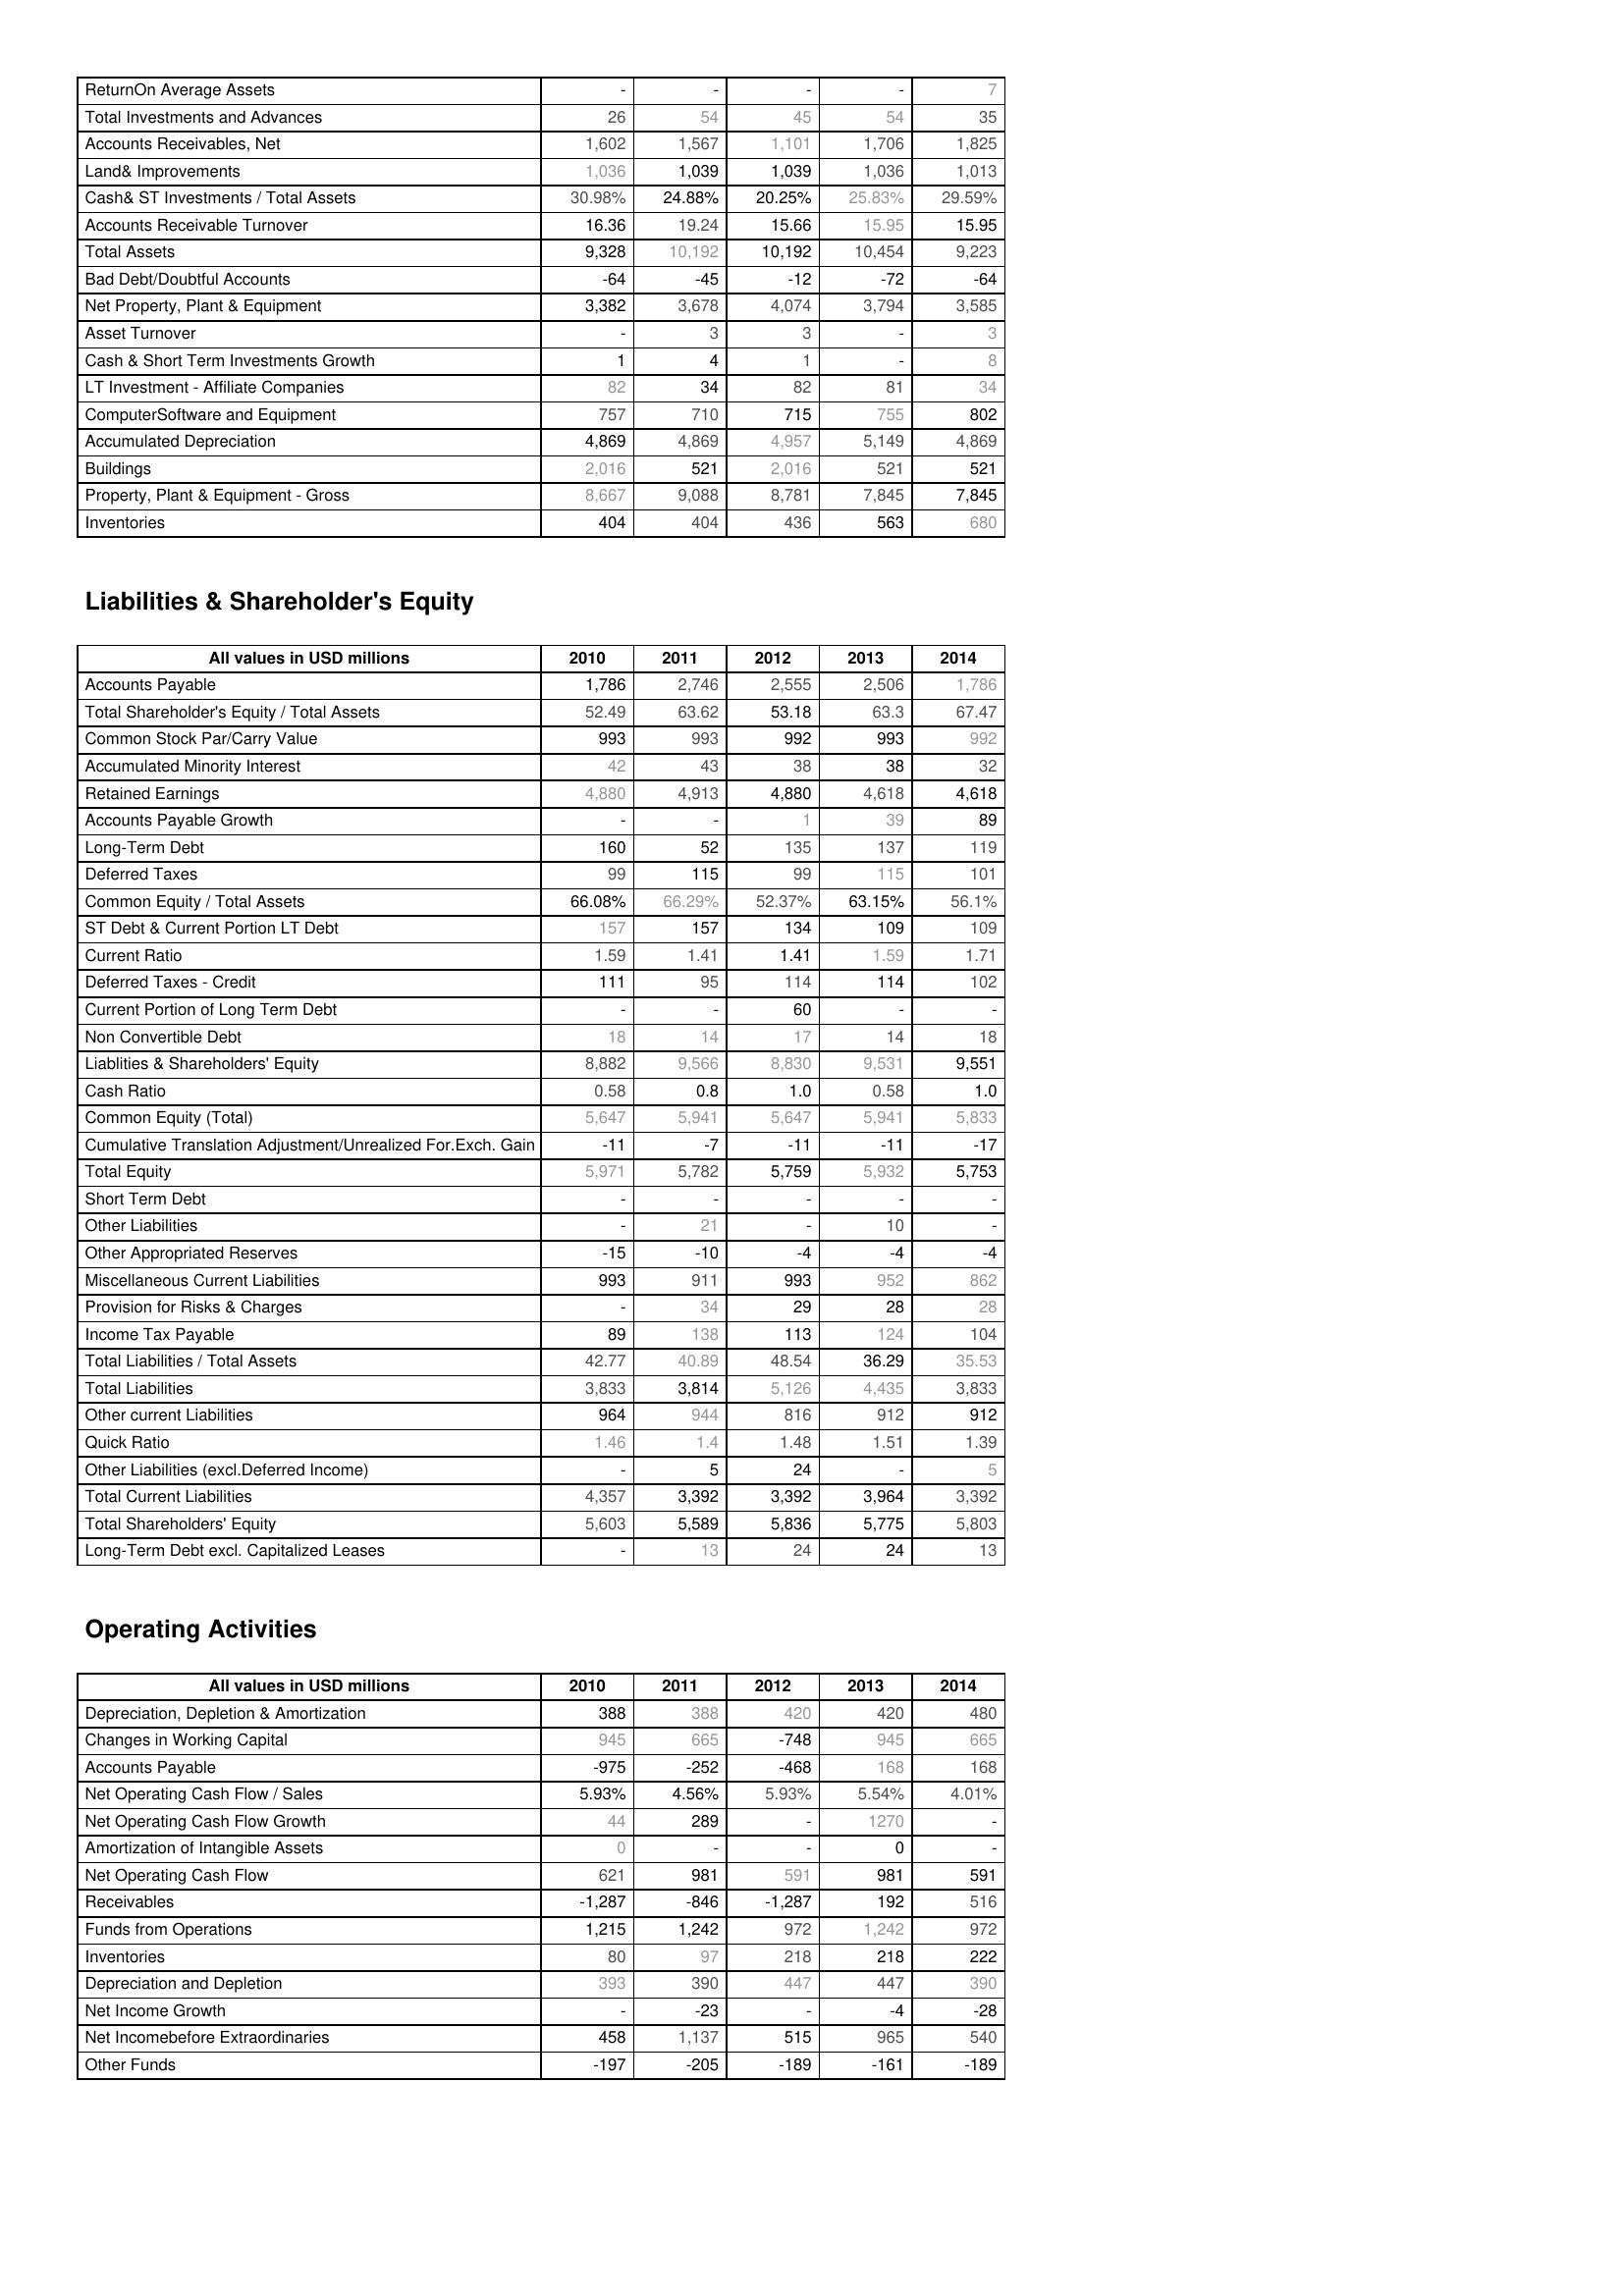
2010: Assets: ReturnOn Average Assets: -
Total Investments and Advances: 26
Accounts Receivables, Net: 1,602
Land& Improvements: 1,036
Cash& ST Investments / Total Assets: 30.98%
Accounts Receivable Turnover: 16.36
Total Assets: 9,328
Bad Debt/Doubtful Accounts: -64
Net Property, Plant & Equipment: 3,382
Asset Turnover: -
Cash & Short Term Investments Growth: 1
LT Investment - Affiliate Companies: 82
ComputerSoftware and Equipment: 757
Accumulated Depreciation: 4,869
Buildings: 2,016
Property, Plant & Equipment - Gross : 8,667
Inventories: 404
Liabilities & Shareholder's Equity: Accounts Payable: 1,786
Total Shareholder's Equity / Total Assets: 52.49
Common Stock Par/Carry Value: 993
Accumulated Minority Interest: 42
Retained Earnings: 4,880
Accounts Payable Growth: -
Long-Term Debt: 160
Deferred Taxes: 99
Common Equity / Total Assets: 66.08%
ST Debt & Current Portion LT Debt: 157
Current Ratio: 1.59
Deferred Taxes - Credit: 111
Current Portion of Long Term Debt: -
Non Convertible Debt: 18
Liablities & Shareholders' Equity: 8,882
Cash Ratio: 0.58
Common Equity (Total): 5,647
Cumulative Translation Adjustment/Unrealized For.Exch. Gain: -11
Total Equity: 5,971
Short Term Debt: -
Other Liabilities: -
Other Appropriated Reserves: -15
Miscellaneous Current Liabilities: 993
Provision for Risks & Charges: -
Income Tax Payable: 89
Total Liabilities / Total Assets: 42.77
Total Liabilities: 3,833
Other current Liabilities: 964
Quick Ratio: 1.46
Other Liabilities (excl.Deferred Income): -
Total Current Liabilities: 4,357
Total Shareholders' Equity: 5,603
Long-Term Debt excl. Capitalized Leases: -
Operating Activities: Depreciation, Depletion & Amortization: 388
Changes in Working Capital: 945
Accounts Payable: -975
Net Operating Cash Flow / Sales: 5.93%
Net Operating Cash Flow Growth: 44
Amortization of Intangible Assets: 0
Net Operating Cash Flow: 621
Receivables: -1,287
Funds from Operations: 1,215
Inventories: 80
Depreciation and Depletion: 393
Net Income Growth: -
Net Incomebefore Extraordinaries: 458
Other Funds: -197
2011: Assets: ReturnOn Average Assets: -
Total Investments and Advances: 54
Accounts Receivables, Net: 1,567
Land& Improvements: 1,039
Cash& ST Investments / Total Assets: 24.88%
Accounts Receivable Turnover: 19.24
Total Assets: 10,192
Bad Debt/Doubtful Accounts: -45
Net Property, Plant & Equipment: 3,678
Asset Turnover: 3
Cash & Short Term Investments Growth: 4
LT Investment - Affiliate Companies: 34
ComputerSoftware and Equipment: 710
Accumulated Depreciation: 4,869
Buildings: 521
Property, Plant & Equipment - Gross : 9,088
Inventories: 404
Liabilities & Shareholder's Equity: Accounts Payable: 2,746
Total Shareholder's Equity / Total Assets: 63.62
Common Stock Par/Carry Value: 993
Accumulated Minority Interest: 43
Retained Earnings: 4,913
Accounts Payable Growth: -
Long-Term Debt: 52
Deferred Taxes: 115
Common Equity / Total Assets: 66.29%
ST Debt & Current Portion LT Debt: 157
Current Ratio: 1.41
Deferred Taxes - Credit: 95
Current Portion of Long Term Debt: -
Non Convertible Debt: 14
Liablities & Shareholders' Equity: 9,566
Cash Ratio: 0.8
Common Equity (Total): 5,941
Cumulative Translation Adjustment/Unrealized For.Exch. Gain: -7
Total Equity: 5,782
Short Term Debt: -
Other Liabilities: 21
Other Appropriated Reserves: -10
Miscellaneous Current Liabilities: 911
Provision for Risks & Charges: 34
Income Tax Payable: 138
Total Liabilities / Total Assets: 40.89
Total Liabilities: 3,814
Other current Liabilities: 944
Quick Ratio: 1.4
Other Liabilities (excl.Deferred Income): 5
Total Current Liabilities: 3,392
Total Shareholders' Equity: 5,589
Long-Term Debt excl. Capitalized Leases: 13
Operating Activities: Depreciation, Depletion & Amortization: 388
Changes in Working Capital: 665
Accounts Payable: -252
Net Operating Cash Flow / Sales: 4.56%
Net Operating Cash Flow Growth: 289
Amortization of Intangible Assets: -
Net Operating Cash Flow: 981
Receivables: -846
Funds from Operations: 1,242
Inventories: 97
Depreciation and Depletion: 390
Net Income Growth: -23
Net Incomebefore Extraordinaries: 1,137
Other Funds: -205
2012: Assets: ReturnOn Average Assets: -
Total Investments and Advances: 45
Accounts Receivables, Net: 1,101
Land& Improvements: 1,039
Cash& ST Investments / Total Assets: 20.25%
Accounts Receivable Turnover: 15.66
Total Assets: 10,192
Bad Debt/Doubtful Accounts: -12
Net Property, Plant & Equipment: 4,074
Asset Turnover: 3
Cash & Short Term Investments Growth: 1
LT Investment - Affiliate Companies: 82
ComputerSoftware and Equipment: 715
Accumulated Depreciation: 4,957
Buildings: 2,016
Property, Plant & Equipment - Gross : 8,781
Inventories: 436
Liabilities & Shareholder's Equity: Accounts Payable: 2,555
Total Shareholder's Equity / Total Assets: 53.18
Common Stock Par/Carry Value: 992
Accumulated Minority Interest: 38
Retained Earnings: 4,880
Accounts Payable Growth: 1
Long-Term Debt: 135
Deferred Taxes: 99
Common Equity / Total Assets: 52.37%
ST Debt & Current Portion LT Debt: 134
Current Ratio: 1.41
Deferred Taxes - Credit: 114
Current Portion of Long Term Debt: 60
Non Convertible Debt: 17
Liablities & Shareholders' Equity: 8,830
Cash Ratio: 1.0
Common Equity (Total): 5,647
Cumulative Translation Adjustment/Unrealized For.Exch. Gain: -11
Total Equity: 5,759
Short Term Debt: -
Other Liabilities: -
Other Appropriated Reserves: -4
Miscellaneous Current Liabilities: 993
Provision for Risks & Charges: 29
Income Tax Payable: 113
Total Liabilities / Total Assets: 48.54
Total Liabilities: 5,126
Other current Liabilities: 816
Quick Ratio: 1.48
Other Liabilities (excl.Deferred Income): 24
Total Current Liabilities: 3,392
Total Shareholders' Equity: 5,836
Long-Term Debt excl. Capitalized Leases: 24
Operating Activities: Depreciation, Depletion & Amortization: 420
Changes in Working Capital: -748
Accounts Payable: -468
Net Operating Cash Flow / Sales: 5.93%
Net Operating Cash Flow Growth: -
Amortization of Intangible Assets: -
Net Operating Cash Flow: 591
Receivables: -1,287
Funds from Operations: 972
Inventories: 218
Depreciation and Depletion: 447
Net Income Growth: -
Net Incomebefore Extraordinaries: 515
Other Funds: -189
2013: Assets: ReturnOn Average Assets: -
Total Investments and Advances: 54
Accounts Receivables, Net: 1,706
Land& Improvements: 1,036
Cash& ST Investments / Total Assets: 25.83%
Accounts Receivable Turnover: 15.95
Total Assets: 10,454
Bad Debt/Doubtful Accounts: -72
Net Property, Plant & Equipment: 3,794
Asset Turnover: -
Cash & Short Term Investments Growth: -
LT Investment - Affiliate Companies: 81
ComputerSoftware and Equipment: 755
Accumulated Depreciation: 5,149
Buildings: 521
Property, Plant & Equipment - Gross : 7,845
Inventories: 563
Liabilities & Shareholder's Equity: Accounts Payable: 2,506
Total Shareholder's Equity / Total Assets: 63.3
Common Stock Par/Carry Value: 993
Accumulated Minority Interest: 38
Retained Earnings: 4,618
Accounts Payable Growth: 39
Long-Term Debt: 137
Deferred Taxes: 115
Common Equity / Total Assets: 63.15%
ST Debt & Current Portion LT Debt: 109
Current Ratio: 1.59
Deferred Taxes - Credit: 114
Current Portion of Long Term Debt: -
Non Convertible Debt: 14
Liablities & Shareholders' Equity: 9,531
Cash Ratio: 0.58
Common Equity (Total): 5,941
Cumulative Translation Adjustment/Unrealized For.Exch. Gain: -11
Total Equity: 5,932
Short Term Debt: -
Other Liabilities: 10
Other Appropriated Reserves: -4
Miscellaneous Current Liabilities: 952
Provision for Risks & Charges: 28
Income Tax Payable: 124
Total Liabilities / Total Assets: 36.29
Total Liabilities: 4,435
Other current Liabilities: 912
Quick Ratio: 1.51
Other Liabilities (excl.Deferred Income): -
Total Current Liabilities: 3,964
Total Shareholders' Equity: 5,775
Long-Term Debt excl. Capitalized Leases: 24
Operating Activities: Depreciation, Depletion & Amortization: 420
Changes in Working Capital: 945
Accounts Payable: 168
Net Operating Cash Flow / Sales: 5.54%
Net Operating Cash Flow Growth: 1270
Amortization of Intangible Assets: 0
Net Operating Cash Flow: 981
Receivables: 192
Funds from Operations: 1,242
Inventories: 218
Depreciation and Depletion: 447
Net Income Growth: -4
Net Incomebefore Extraordinaries: 965
Other Funds: -161
2014: Assets: ReturnOn Average Assets: 7
Total Investments and Advances: 35
Accounts Receivables, Net: 1,825
Land& Improvements: 1,013
Cash& ST Investments / Total Assets: 29.59%
Accounts Receivable Turnover: 15.95
Total Assets: 9,223
Bad Debt/Doubtful Accounts: -64
Net Property, Plant & Equipment: 3,585
Asset Turnover: 3
Cash & Short Term Investments Growth: 8
LT Investment - Affiliate Companies: 34
ComputerSoftware and Equipment: 802
Accumulated Depreciation: 4,869
Buildings: 521
Property, Plant & Equipment - Gross : 7,845
Inventories: 680
Liabilities & Shareholder's Equity: Accounts Payable: 1,786
Total Shareholder's Equity / Total Assets: 67.47
Common Stock Par/Carry Value: 992
Accumulated Minority Interest: 32
Retained Earnings: 4,618
Accounts Payable Growth: 89
Long-Term Debt: 119
Deferred Taxes: 101
Common Equity / Total Assets: 56.1%
ST Debt & Current Portion LT Debt: 109
Current Ratio: 1.71
Deferred Taxes - Credit: 102
Current Portion of Long Term Debt: -
Non Convertible Debt: 18
Liablities & Shareholders' Equity: 9,551
Cash Ratio: 1.0
Common Equity (Total): 5,833
Cumulative Translation Adjustment/Unrealized For.Exch. Gain: -17
Total Equity: 5,753
Short Term Debt: -
Other Liabilities: -
Other Appropriated Reserves: -4
Miscellaneous Current Liabilities: 862
Provision for Risks & Charges: 28
Income Tax Payable: 104
Total Liabilities / Total Assets: 35.53
Total Liabilities: 3,833
Other current Liabilities: 912
Quick Ratio: 1.39
Other Liabilities (excl.Deferred Income): 5
Total Current Liabilities: 3,392
Total Shareholders' Equity: 5,803
Long-Term Debt excl. Capitalized Leases: 13
Operating Activities: Depreciation, Depletion & Amortization: 480
Changes in Working Capital: 665
Accounts Payable: 168
Net Operating Cash Flow / Sales: 4.01%
Net Operating Cash Flow Growth: -
Amortization of Intangible Assets: -
Net Operating Cash Flow: 591
Receivables: 516
Funds from Operations: 972
Inventories: 222
Depreciation and Depletion: 390
Net Income Growth: -28
Net Incomebefore Extraordinaries: 540
Other Funds: -189